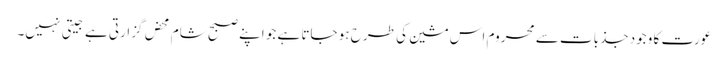
عورت کا وجود جذبات سے محروم اس مشین کی طرح ہو جاتا ہے جو اپنے صبح شام محض گزارتی ہے جیتی نہیں۔